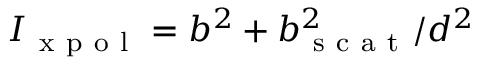
I _ { \mathrm { ~ x ~ p ~ o ~ l ~ } } = b ^ { 2 } + b _ { \mathrm { ~ s ~ c ~ a ~ t ~ } } ^ { 2 } / d ^ { 2 }